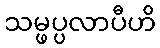
သမ္ဖပ္ပလာပီဟိ